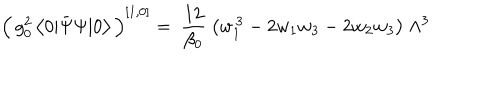
LaTeX: \Big ( \, g _ { 0 } ^ { 2 } \, \big < 0 | \bar { \Psi } \Psi | 0 \big > \, \Big ) ^ { [ 1 , 0 ] } = \ \frac { 1 2 } { \beta _ { 0 } } \ \big ( w _ { 1 } ^ { \, 3 } - 2 w _ { 1 } w _ { 3 } - 2 w _ { 2 } w _ { 3 } \big ) \ \Lambda ^ { 3 }